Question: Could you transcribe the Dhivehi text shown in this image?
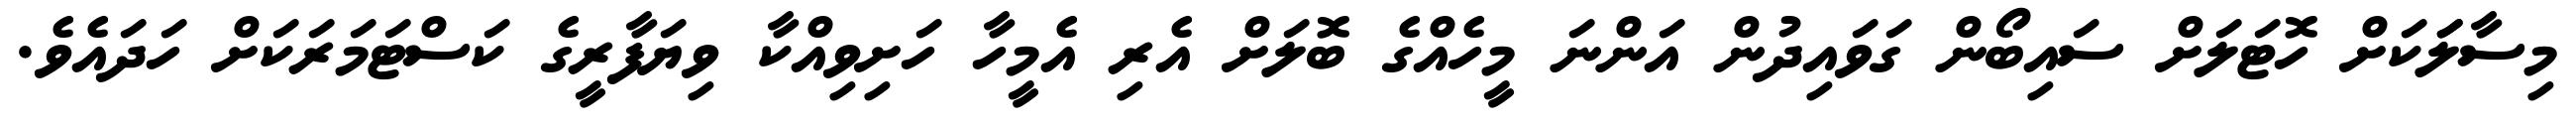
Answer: މިސާލަަކަށް ހޮޓަލަށް ސައިބޯން ގަވައިދުން އަންނަ މީހެއްގެ ބޮލަށް އެރި އެމީހާ ހަށިވިއްކާ ވިޔަފާރީގެ ކަސްޓަމަރަކަށް ހަދައެވެ.